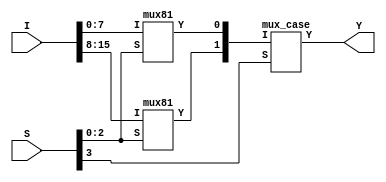
module mux161(
	input [15:0] I,
	input [3:0] S,
	output Y
	);
wire [1:0] T;
mux81 MUXA(T[0],I[7:0],S[2:0]);
mux81 MUXB(T[1],I[15:8],S[2:0]);
mux_case MUXC(Y,T[1:0],S[3]);
endmodule
module mux81(Y,I,S);
output Y;
input [7:0] I;
input [2:0] S;
wire [6:1] K ;
mux_case MUX1(K[1],I[1:0],S[0]);
mux_case MUX2(K[2],I[3:2],S[0]);
mux_case MUX3(K[3],I[5:4],S[0]);
mux_case MUX4(K[4],I[7:6],S[0]);
mux_case MUX5(K[5],K[2:1],S[1]);
mux_case MUX6(K[6],K[4:3],S[1]);
mux_case MUX7(Y,K[6:5],S[2]);
endmodule

module mux_case(Y,I,S);
output reg Y;
input [1:0] I;
input S;
always @ (*)
        casex(S)
                1'b0: Y=I[0];
                1'b1: Y=I[1];
                default : Y = 1'bx;
        endcase
endmodule